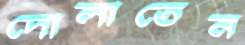
দোলাতেন